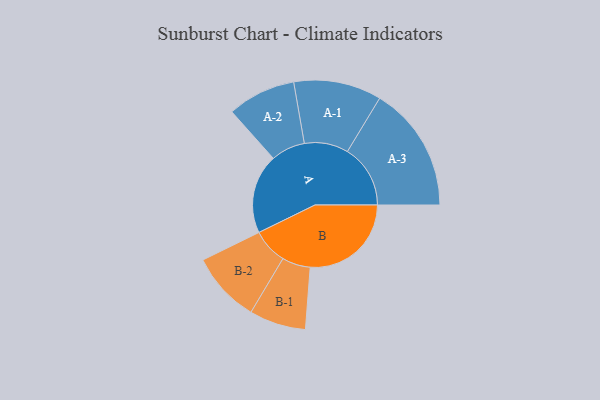
{"axis": {"x": "Segment", "y": "Value"}, "legend": ["", "A", "B"], "data": [{"x": "A", "y": 326, "type": ""}, {"x": "B", "y": 414, "type": ""}, {"x": "A-1", "y": 180, "type": "A"}, {"x": "A-2", "y": 140, "type": "A"}, {"x": "A-3", "y": 258, "type": "A"}, {"x": "B-1", "y": 116, "type": "B"}, {"x": "B-2", "y": 145, "type": "B"}]}